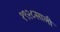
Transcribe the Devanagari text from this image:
१९२८साली